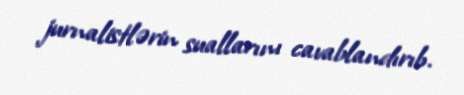
jurnalistlərin suallarını cavablandırıb.